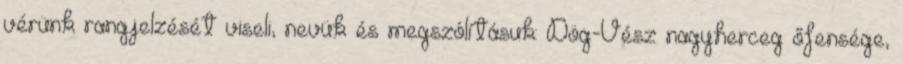
vérünk rangjelzését viseli, nevük és megszólításuk: Dög-Vész nagyherceg őfensége,